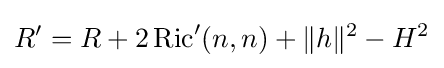
R'=R+2\operatorname {Ric} '(n,n)+\|h\|^{2}-H^{2}